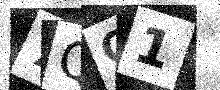
Text: 7QO1